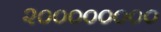
૨૦૦૦૦૦૦૦૦